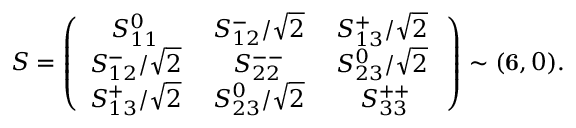
S = \left( \begin{array} { c c c } { { S _ { 1 1 } ^ { 0 } \; } } & { { S _ { 1 2 } ^ { - } / \sqrt 2 \; } } & { { S _ { 1 3 } ^ { + } / \sqrt 2 \; } } \\ { { S _ { 1 2 } ^ { - } / \sqrt 2 \; } } & { { S _ { 2 2 } ^ { -- } \; } } & { { S _ { 2 3 } ^ { 0 } / \sqrt 2 \; } } \\ { { S _ { 1 3 } ^ { + } / \sqrt 2 \; } } & { { S _ { 2 3 } ^ { 0 } / \sqrt 2 \; } } & { { S _ { 3 3 } ^ { + + } } } \end{array} \right) \sim ( { \bf 6 } , 0 ) .